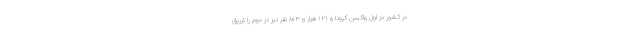
در کشور دُز اول واکسن کرونا و ۱۲۱ هزار و ۸۰۳ نفر نیز دُز دوم را تزریق